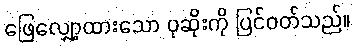
ဖြေလျှော့ထားသော ပုဆိုးကို ပြင်ဝတ်သည်။